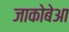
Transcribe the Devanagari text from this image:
जाकोबेआ